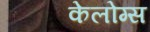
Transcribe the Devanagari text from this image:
केलोग्स